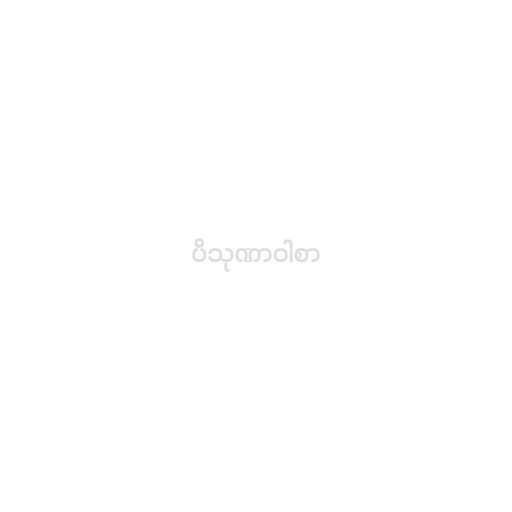
ပိသုဏာဝါစာ